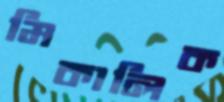
মিকালিক